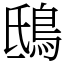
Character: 鴟